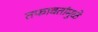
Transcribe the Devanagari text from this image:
तफावतांमुळे